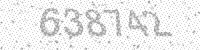
Solution: 638742